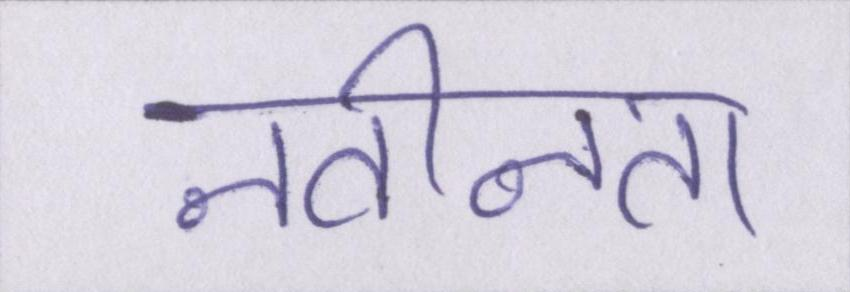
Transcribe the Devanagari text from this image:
नवीनता